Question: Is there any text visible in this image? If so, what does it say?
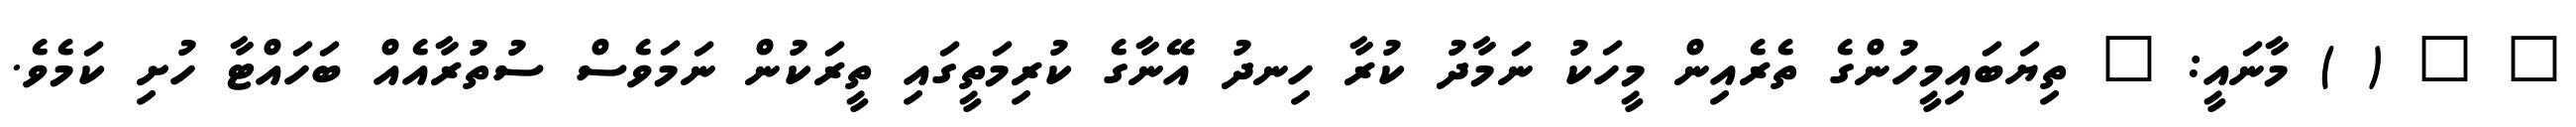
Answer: " " ( ) މާނައީ: " ތިޔަބައިމީހުންގެ ތެރެއިން މީހަކު ނަމާދު ކުރާ ހިނދު އޭނާގެ ކުރިމަތީގައި ތީރަކުން ނަމަވެސް ސުތުރާއެއް ބަހައްޓާ ހުށި ކަމެވެ.